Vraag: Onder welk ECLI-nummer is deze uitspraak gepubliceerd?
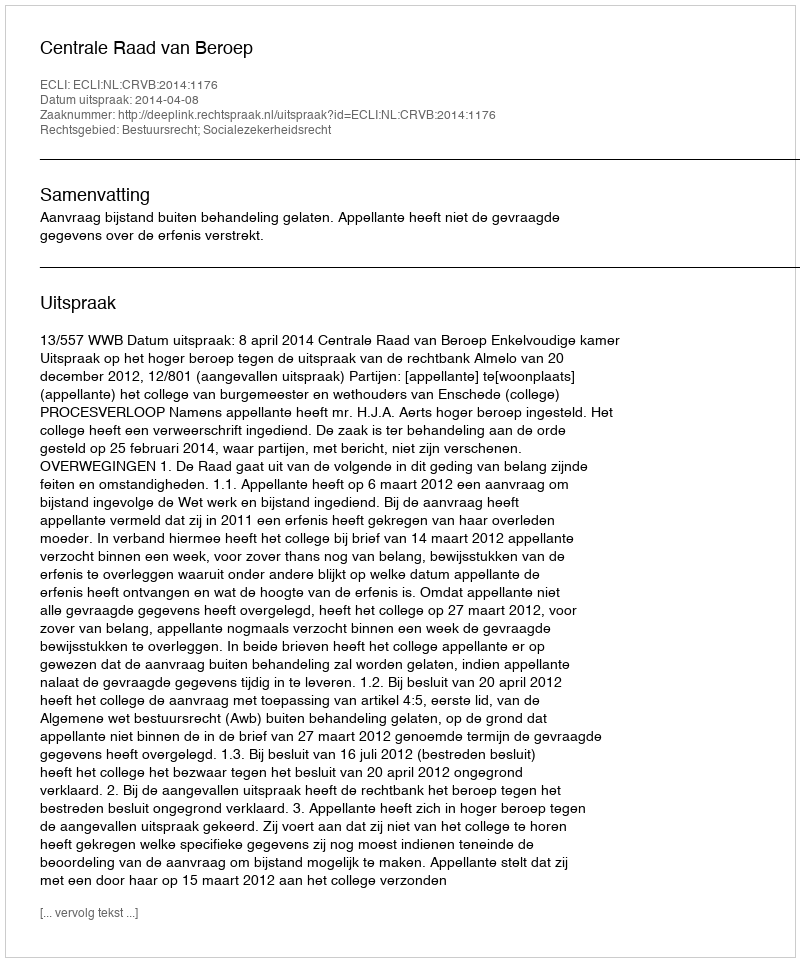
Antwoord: ECLI:NL:CRVB:2014:1176